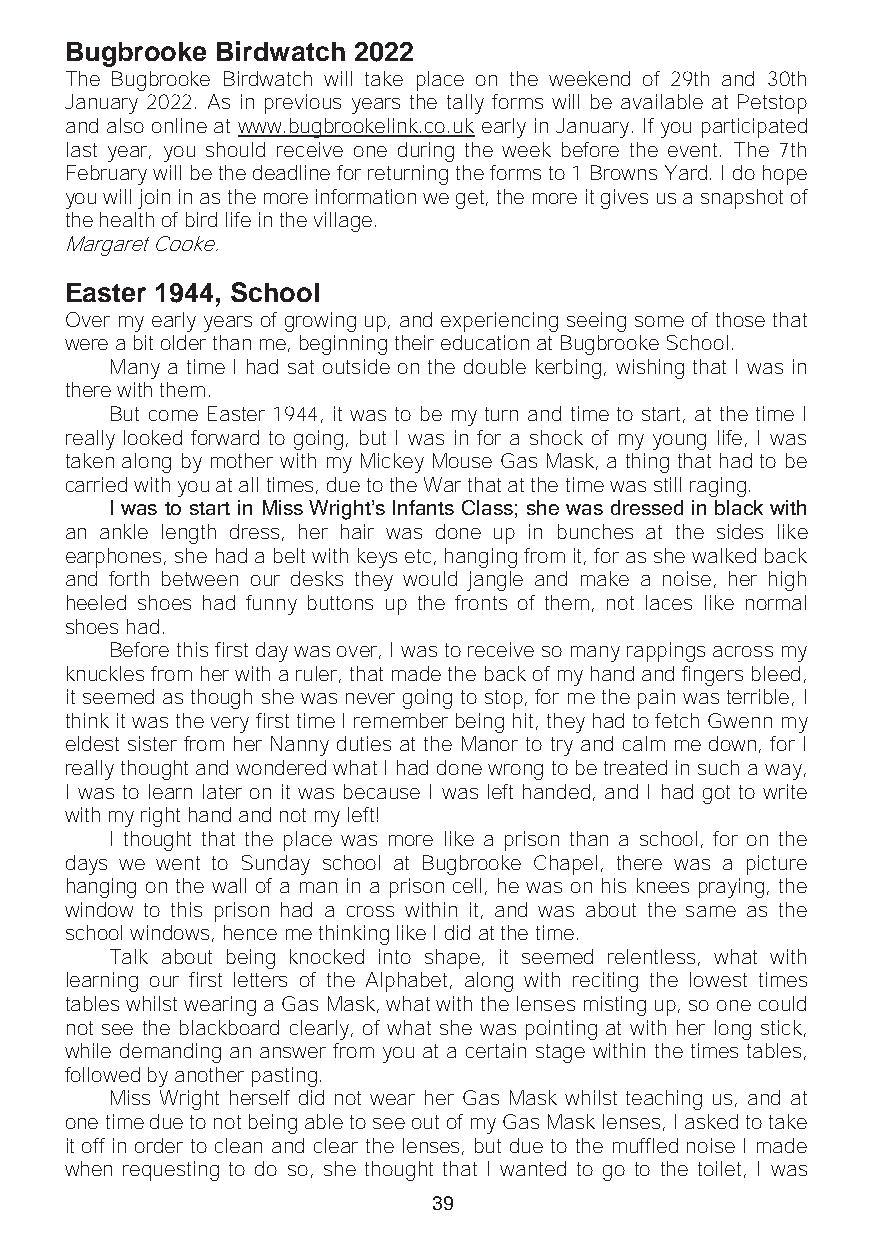
Bugbrooke Birdwatch 2022
 The Bugbrooke Birdwatch will take place on the weekend of 29th and 30th
 January 2022. As in previous years the tally forms will be available at Petstop
 and also online at www.bugbrookelink.co.uk early in January. If you participated
 last year, you should receive one during the week before the event. The 7th
 February will be the deadline for returning the forms to 1 Browns Yard. I do hope
 you will join in as the more information we get, the more it gives us a snapshot of
 the health of bird life in the village.
 Margaret Cooke.
 Easter 1944, School
 Over my early years of growing up, and experiencing seeing some of those that
 were a bit older than me, beginning their education at Bugbrooke School.
 Many a time I had sat outside on the double kerbing, wishing that I was in
 there with them.
 But come Easter 1944, it was to be my turn and time to start, at the time I
 really looked forward to going, but I was in for a shock of my young life, I was
 taken along by mother with my Mickey Mouse Gas Mask, a thing that had to be
 carried with you at all times, due to the War that at the time was still raging.
 I was to start in Miss Wright’s Infants Class; she was dressed in black with
 an ankle length dress, her hair was done up in bunches at the sides like
 earphones, she had a belt with keys etc, hanging from it, for as she walked back
 and forth between our desks they would jangle and make a noise, her high
 heeled shoes had funny buttons up the fronts of them, not laces like normal
 shoes had.
 Before this first day was over, I was to receive so many rappings across my
 knuckles from her with a ruler, that made the back of my hand and fingers bleed,
 it seemed as though she was never going to stop, for me the pain was terrible, I
 think it was the very first time I remember being hit, they had to fetch Gwenn my
 eldest sister from her Nanny duties at the Manor to try and calm me down, for I
 really thought and wondered what I had done wrong to be treated in such a way,
 I was to learn later on it was because I was left handed, and I had got to write
 with my right hand and not my left!
 I thought that the place was more like a prison than a school, for on the
 days we went to Sunday school at Bugbrooke Chapel, there was a picture
 hanging on the wall of a man in a prison cell, he was on his knees praying, the
 window to this prison had a cross within it, and was about the same as the
 school windows, hence me thinking like I did at the time.
 Talk about being knocked into shape, it seemed relentless, what with
 learning our first letters of the Alphabet, along with reciting the lowest times
 tables whilst wearing a Gas Mask, what with the lenses misting up, so one could
 not see the blackboard clearly, of what she was pointing at with her long stick,
 while demanding an answer from you at a certain stage within the times tables,
 followed by another pasting.
 Miss Wright herself did not wear her Gas Mask whilst teaching us, and at
 one time due to not being able to see out of my Gas Mask lenses, I asked to take
 it off in order to clean and clear the lenses, but due to the muffled noise I made
 when requesting to do so, she thought that I wanted to go to the toilet, I was
 39